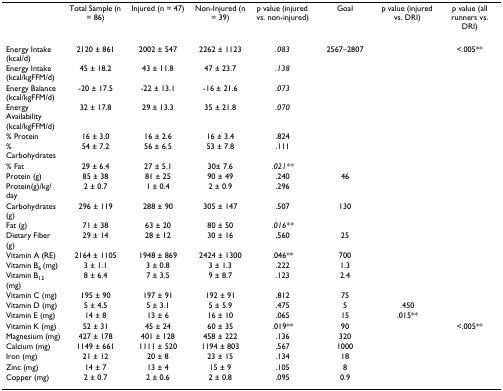
<table><thead><tr><td></td><td><b>Total Sample (n = 86)</b></td><td><b>Injured (n = 47)</b></td><td><b>Non-Injured (n = 39)</b></td><td><b>p value (injured vs. non-injured)</b></td><td><b>Goal</b></td><td><b>p value (injured vs. DRI)</b></td><td><b>p value (all runners vs. DRI)</b></td></tr></thead><tbody><tr><td>Energy Intake (kcal/d)</td><td>2120 ± 861</td><td>2002 ± 547</td><td>2262 ± 1123</td><td><i>.083</i></td><td>2567–2807</td><td></td><td>&lt;.005**</td></tr><tr><td>Energy Intake (kcal/kgFFM/d)</td><td>45 ± 18.2</td><td>43 ± 11.8</td><td>47 ± 23.7</td><td><i>.138</i></td><td></td><td></td><td></td></tr><tr><td>Energy Balance (kcal/kgFFM/d)</td><td>-20 ± 17.5</td><td>-22 ± 13.1</td><td>-16 ± 21.6</td><td><i>.073</i></td><td></td><td></td><td></td></tr><tr><td>Energy Availability (kcal/kgFFM/d)</td><td>32 ± 17.8</td><td>29 ± 13.3</td><td>35 ± 21.8</td><td><i>.070</i></td><td></td><td></td><td></td></tr><tr><td>% Protein</td><td>16 ± 3.0</td><td>16 ± 2.6</td><td>16 ± 3.4</td><td>.824</td><td></td><td></td><td></td></tr><tr><td>% Carbohydrates</td><td>54 ± 7.2</td><td>56 ± 6.5</td><td>53 ± 7.8</td><td>.111</td><td></td><td></td><td></td></tr><tr><td>% Fat</td><td>29 ± 6.4</td><td>27 ± 5.1</td><td>30± 7.6</td><td><i>.021**</i></td><td></td><td></td><td></td></tr><tr><td>Protein (g)</td><td>85 ± 38</td><td>81 ± 25</td><td>90 ± 49</td><td>.240</td><td>46</td><td></td><td></td></tr><tr><td>Protein(g)/kg/day</td><td>2 ± 0.7</td><td>1 ± 0.4</td><td>2 ± 0.9</td><td>.296</td><td></td><td></td><td></td></tr><tr><td>Carbohydrates (g)</td><td>296 ± 119</td><td>288 ± 90</td><td>305 ± 147</td><td>.507</td><td>130</td><td></td><td></td></tr><tr><td>Fat (g)</td><td>71 ± 38</td><td>63 ± 20</td><td>80 ± 50</td><td><i>.016**</i></td><td></td><td></td><td></td></tr><tr><td>Dietary Fiber (g)</td><td>29 ± 14</td><td>28 ± 12</td><td>30 ± 16</td><td>.560</td><td>25</td><td></td><td></td></tr><tr><td>Vitamin A (RE)</td><td>2164 ± 1105</td><td>1948 ± 869</td><td>2424 ± 1300</td><td>.046**</td><td>700</td><td></td><td></td></tr><tr><td>Vitamin B<sub>6 </sub>(mg)</td><td>3 ± 1.1</td><td>3 ± 0.8</td><td>3 ± 1.3</td><td>.222</td><td>1.3</td><td></td><td></td></tr><tr><td>Vitamin B<sub>12 </sub>(mg)</td><td>8 ± 6.4</td><td>7 ± 3.5</td><td>9 ± 8.7</td><td>.123</td><td>2.4</td><td></td><td></td></tr><tr><td>Vitamin C (mg)</td><td>195 ± 90</td><td>197 ± 91</td><td>192 ± 91</td><td>.812</td><td>75</td><td></td><td></td></tr><tr><td>Vitamin D (mg)</td><td>5 ± 4.5</td><td>5 ± 3.1</td><td>5 ± 5.9</td><td>.475</td><td>5</td><td>.450</td><td></td></tr><tr><td>Vitamin E (mg)</td><td>14 ± 8</td><td>13 ± 6</td><td>16 ± 10</td><td>.065</td><td>15</td><td>.015**</td><td></td></tr><tr><td>Vitamin K (mg)</td><td>52 ± 31</td><td>45 ± 24</td><td>60 ± 35</td><td>.019**</td><td>90</td><td></td><td>&lt;.005**</td></tr><tr><td>Magnesium (mg)</td><td>427 ± 178</td><td>401 ± 128</td><td>458 ± 222</td><td>.136</td><td>320</td><td></td><td></td></tr><tr><td>Calcium (mg)</td><td>1149 ± 661</td><td>1111 ± 520</td><td>1194 ± 803</td><td>.567</td><td>1000</td><td></td><td></td></tr><tr><td>Iron (mg)</td><td>21 ± 12</td><td>20 ± 8</td><td>23 ± 15</td><td>.134</td><td>18</td><td></td><td></td></tr><tr><td>Zinc (mg)</td><td>14 ± 7</td><td>13 ± 4</td><td>15 ± 9</td><td>.105</td><td>8</td><td></td><td></td></tr><tr><td>Copper (mg)</td><td>2 ± 0.7</td><td>2 ± 0.6</td><td>2 ± 0.8</td><td>.095</td><td>0.9</td><td></td><td></td></tr></tbody></table>